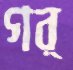
গর্